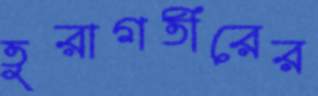
তুরাগতীরের